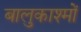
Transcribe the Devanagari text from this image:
बालुकाश्मों